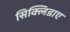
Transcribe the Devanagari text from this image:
सिक्लिडाए